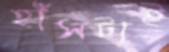
হাঁসটাই